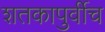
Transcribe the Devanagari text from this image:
शतकापुर्वीच